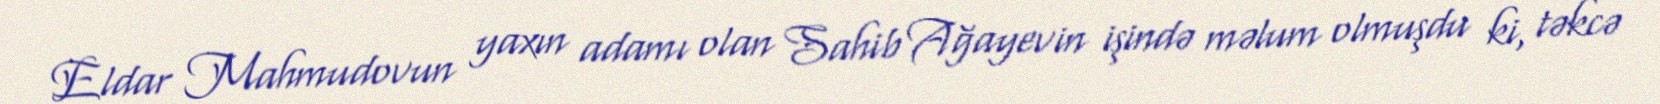
Eldar Mahmudovun yaxın adamı olan Sahib Ağayevin işində məlum olmuşdu ki, təkcə